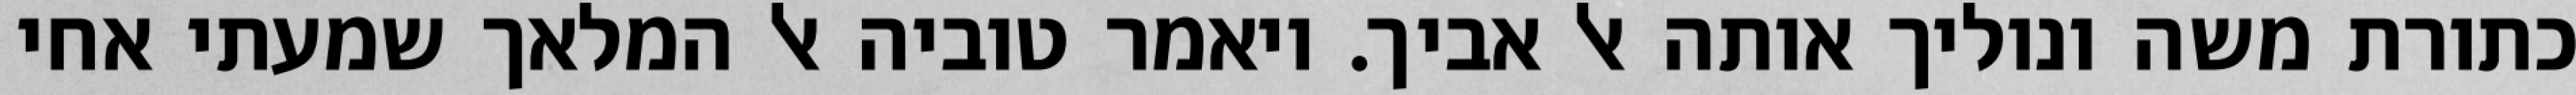
כתורת משה ונוליך אותה אל אביך. ויאמר טוביה אל המלאך שמעתי אחי